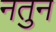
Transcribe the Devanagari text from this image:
नतुन